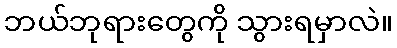
ဘယ်ဘုရားတွေကို သွားရမှာလဲ။